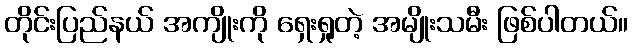
တိုင်းပြည်နယ် အကျိုးကို ရှေးရှုတဲ့ အမျိုးသမီး ဖြစ်ပါတယ်။